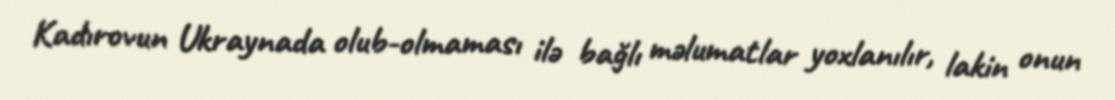
Kadırovun Ukraynada olub-olmaması ilə bağlı məlumatlar yoxlanılır, lakin onun